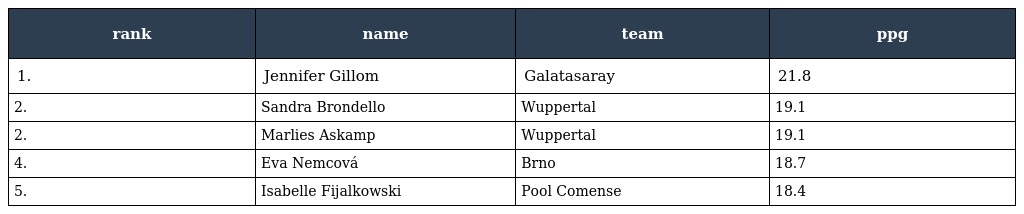
| rank | name | team | ppg |
 | --- | --- | --- | --- |
 | 1. | Jennifer Gillom | Galatasaray | 21.8 |
 | 2. | Sandra Brondello | Wuppertal | 19.1 |
 | 2. | Marlies Askamp | Wuppertal | 19.1 |
 | 4. | Eva Nemcová | Brno | 18.7 |
 | 5. | Isabelle Fijalkowski | Pool Comense | 18.4 |